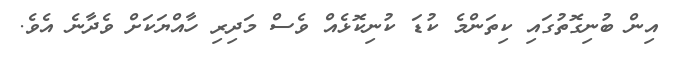
އިން ބުނިގޮތުގައި ކިތަންމެ ކުޑަ ކުނިކޮޅެއް ވެސް މަދިރި ހާއްޔަކަށް ވެދާނެ އެވެ.